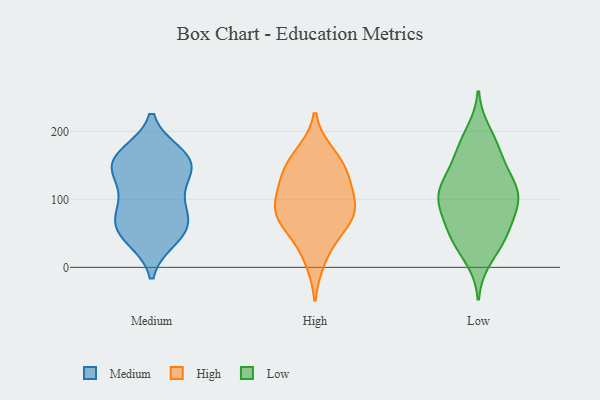
{"axis": {"x": "Production Output", "y": "Value"}, "legend": ["High", "Low", "Medium"], "data": [{"x": "", "y": 161, "type": "Medium"}, {"x": "", "y": 70, "type": "Medium"}, {"x": "", "y": 159, "type": "Medium"}, {"x": "", "y": 68, "type": "Medium"}, {"x": "", "y": 98, "type": "Medium"}, {"x": "", "y": 144, "type": "Medium"}, {"x": "", "y": 166, "type": "Medium"}, {"x": "", "y": 150, "type": "Medium"}, {"x": "", "y": 52, "type": "Medium"}, {"x": "", "y": 102, "type": "Medium"}, {"x": "", "y": 43, "type": "Medium"}, {"x": "", "y": 54, "type": "Medium"}, {"x": "", "y": 141, "type": "Medium"}, {"x": "", "y": 45, "type": "High"}, {"x": "", "y": 10, "type": "High"}, {"x": "", "y": 130, "type": "High"}, {"x": "", "y": 99, "type": "High"}, {"x": "", "y": 168, "type": "High"}, {"x": "", "y": 89, "type": "High"}, {"x": "", "y": 141, "type": "High"}, {"x": "", "y": 79, "type": "High"}, {"x": "", "y": 67, "type": "High"}, {"x": "", "y": 131, "type": "High"}, {"x": "", "y": 95, "type": "High"}, {"x": "", "y": 160, "type": "High"}, {"x": "", "y": 67, "type": "High"}, {"x": "", "y": 171, "type": "Low"}, {"x": "", "y": 13, "type": "Low"}, {"x": "", "y": 198, "type": "Low"}, {"x": "", "y": 84, "type": "Low"}, {"x": "", "y": 46, "type": "Low"}, {"x": "", "y": 33, "type": "Low"}, {"x": "", "y": 125, "type": "Low"}, {"x": "", "y": 104, "type": "Low"}, {"x": "", "y": 143, "type": "Low"}, {"x": "", "y": 183, "type": "Low"}, {"x": "", "y": 50, "type": "Low"}, {"x": "", "y": 106, "type": "Low"}, {"x": "", "y": 95, "type": "Low"}, {"x": "", "y": 126, "type": "Low"}, {"x": "", "y": 165, "type": "Low"}, {"x": "", "y": 109, "type": "Low"}, {"x": "", "y": 113, "type": "Low"}, {"x": "", "y": 87, "type": "Low"}, {"x": "", "y": 44, "type": "Low"}, {"x": "", "y": 65, "type": "Low"}]}